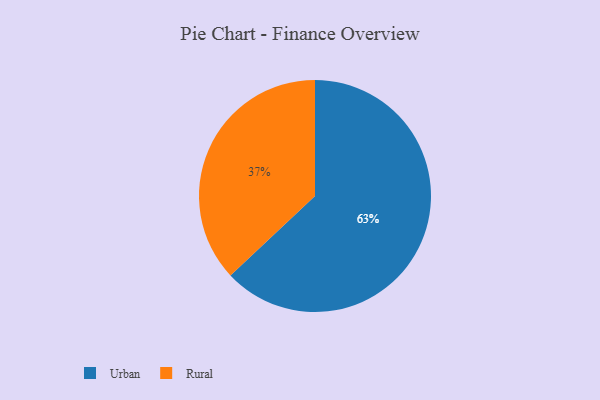
{"axis": {"x": "Category", "y": "Percentage"}, "legend": ["Rural", "Urban"], "data": [{"x": "Urban", "y": 63, "type": "Urban"}, {"x": "Rural", "y": 37, "type": "Rural"}]}